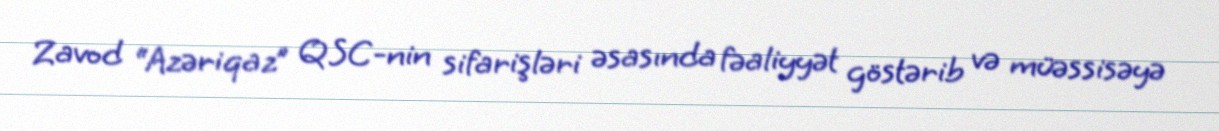
Zavod “Azəriqaz” QSC-nin sifarişləri əsasında fəaliyyət göstərib və müəssisəyə